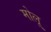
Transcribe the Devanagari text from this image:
मोलू